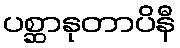
ပစ္ဆာနုတာပိနီ